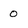
Character: 0